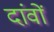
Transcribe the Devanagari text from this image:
दांवों